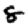
Digit: 8